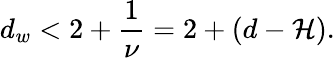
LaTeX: d_{w}<2+\frac{1}{\nu}=2+(d-\mathcal{H}).